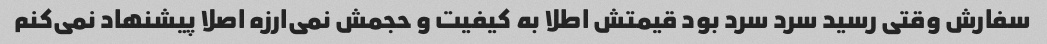
سفارش وقتی رسید سرد سرد بود قیمتش اطلا به کیفیت و حجمش نمی‌ارزه اصلا پیشنهاد نمی‌کنم